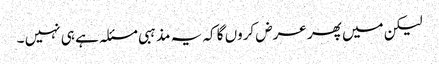
لیکن میں پھر عرض کروں گا کہ یہ مذہبی مسئلہ ہے ہی نہیں ۔